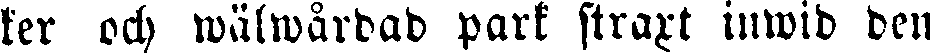
ker och wälwårdad park straxt inwid den